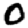
Digit: 0